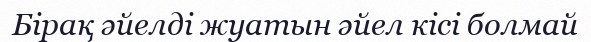
Бірақ әйелді жуатын әйел кісі болмай